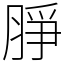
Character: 㬹